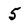
Character: 5